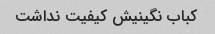
کباب نگینیش کیفیت نداشت